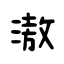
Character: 滶